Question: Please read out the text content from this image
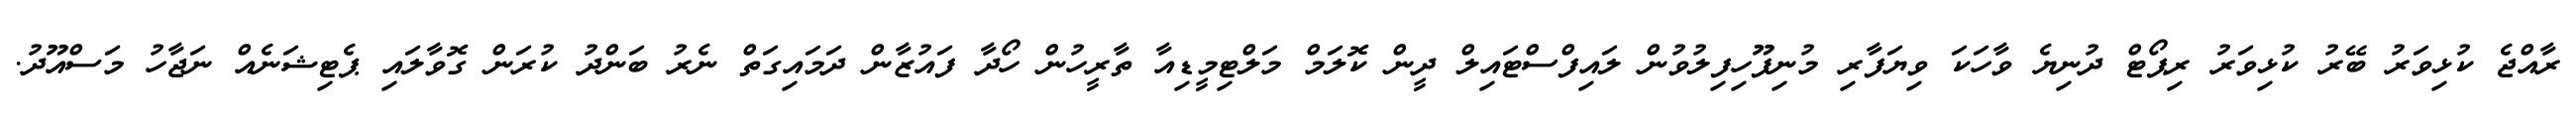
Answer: ރާއްޖެ ކުޅިވަރު ބޭރު ކުޅިވަރު ރިޕޯޓް ދުނިޔެ ވާހަކަ ވިޔަފާރި މުނިފޫހިފިލުވުން ލައިފްސްޓައިލް ދީން ކޮލަމް މަލްޓިމީޑިއާ ތާރީހުން ހޯދާ ފައުޒާން ދަމައިގަތް ނެރު ބަންދު ކުރަން ގޮވާލައި ޕެޓިޝަނެއް ނަޖާހު މަސްއޫދު.